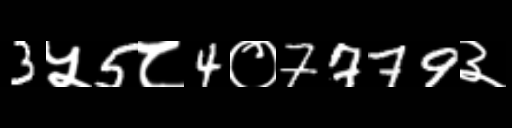
Text: 3५5८4०7779३